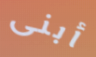
أبنى